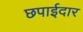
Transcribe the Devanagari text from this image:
छपाईदार